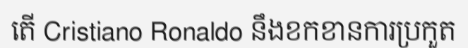
តើ Cristiano Ronaldo នឹងខកខានការប្រកួត